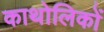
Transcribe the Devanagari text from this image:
काथोलिकों